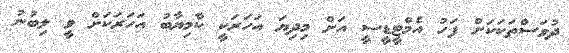
ދުވަސްތަކަކަށް ފަހު އެމްޓީޑީސީ އަށް މިދިޔަ އަހަރަކީ ކާމިޔާބު އަހަރަކަށް ވީ ލިބުނު